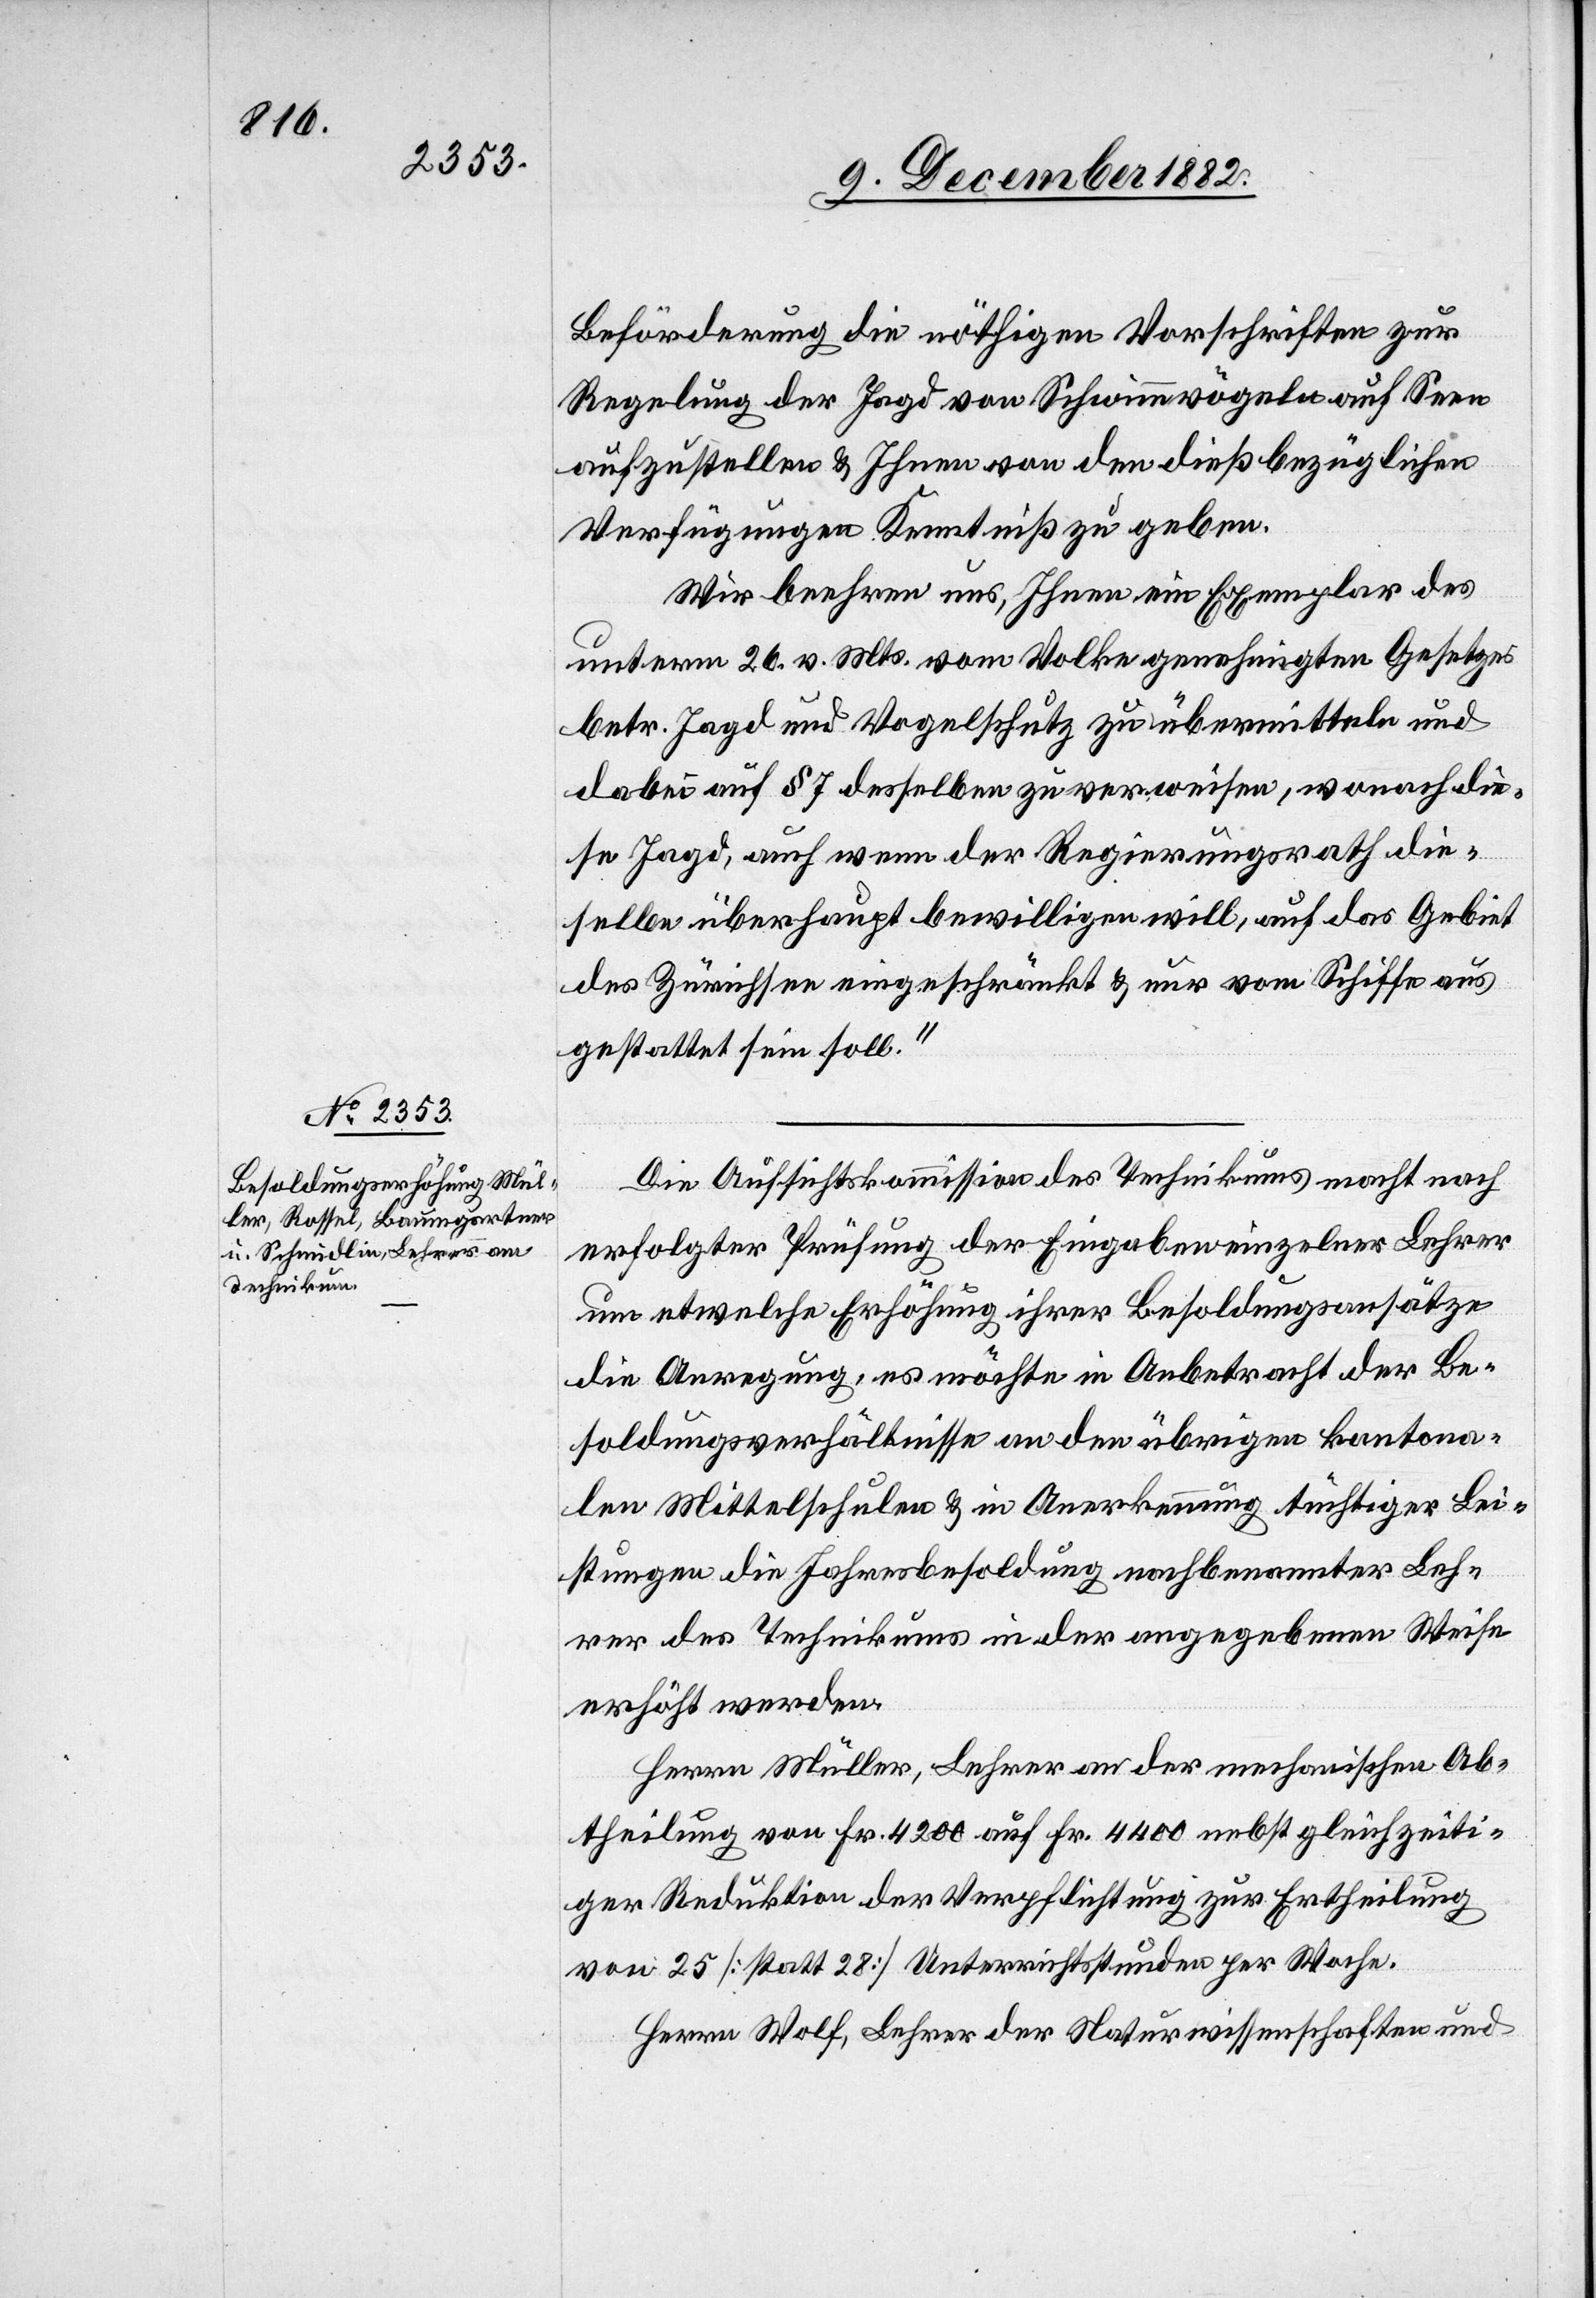
Beförderung die nöthigen Vorschriften zur
Regelung der Jagd von Schwimmvögeln auf Seen
aufzustellen & Ihnen von den dießbezüglichen
Verfügungen Kenntniß zu geben.
Wir beehren uns, Ihnen ein Exemplar des
unterm 26. v. Mts. vom Volke genehmigten Gesetzes
betr. Jagd und Vogelschutz zu übermitteln und
dabei auf § 7 desselben zu verweisen, wonach die¬
se Jagd, auch wenn der Regierungsrath die¬
selbe überhaupt bewilligen will, auf das Gebiet
des Zürichsee eingeschränkt & nur vom Schiffe aus
gestattet sein sollte.“
Die Aufsichtskommission des Technikums macht nach
erfolgter Prüfung der Eingaben einzelner Lehrer
um etwelche Erhöhung ihrer Besoldungsansätze
die Anregung, es möchte in Anbetracht der Be¬
soldungsverhältnisse an den übrigen kantona¬
len Mittelschulen & in Anerkennung tüchtiger Lei¬
stungen die Jahresbesoldung nachbenannter Leh¬
rer des Technikums in der angegebenen Weise
erhöht werden.
Herrn Müller, Lehrer an der mechanischen Ab¬
theilung von Fr. 4200 auf Fr. 4400 nebst gleichzeiti¬
ger Reduktion der Verpflichtung zur Ertheilung
von 25 [statt 28] Unterrichtsstunden per Woche.
Herrn Wolf [sic!], Lehrer der Naturwissenschaften und